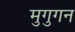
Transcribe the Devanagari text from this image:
मुगुगन